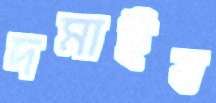
দমাইব